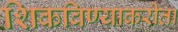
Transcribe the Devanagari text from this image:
शिकविण्याकरीता